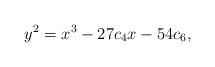
LaTeX: \begin{align*}y^2=x^3-27c_{4}x-54c_{6},\end{align*}